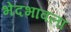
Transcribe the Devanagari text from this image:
भेदभावला